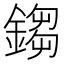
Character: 𨪕